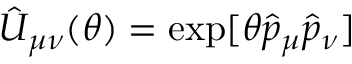
\hat { U } _ { \mu \nu } ( \theta ) = \exp [ \theta \hat { p } _ { \mu } \hat { p } _ { \nu } ]